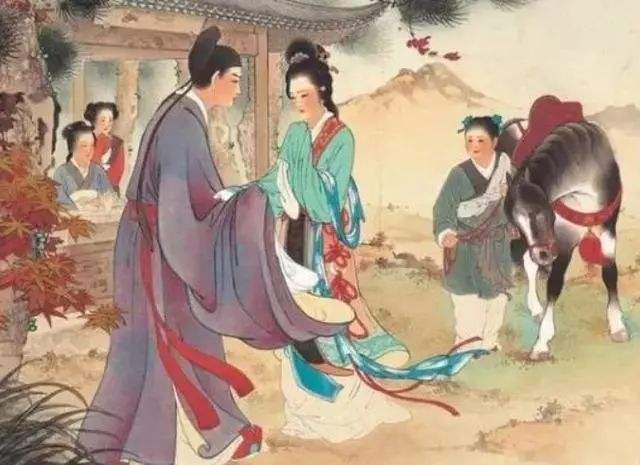
今日俸钱过十万，与君营奠复营斋。